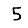
Digit: 5